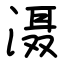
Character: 滠